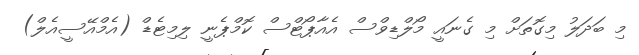
މި ބަދަލު މިގޮތަށް މި ގެނައީ މޯލްޑިވްސް އެއާޕޯޓްސް ކޮމްޕެނީ ލިމިޓެޑް (އެމްއޭސީއެލް)